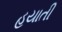
હયાતી